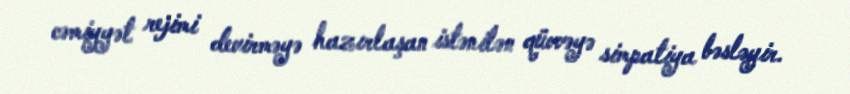
cəmiyyət rejimi devirməyə hazırlaşan istənilən qüvvəyə simpatiya bəsləyir.